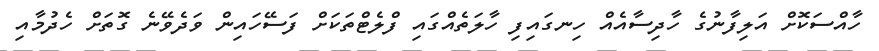
ހާއްސަކޮށް އަލިފާނުގެ ހާދިސާއެއް ހިނގައިފި ހާލަތެއްގައި ފްލެޓްތަކަށް ފަސޭހައިން ވަދެވޭނެ ގޮތަށް ހެދުމާއި